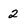
Character: 2